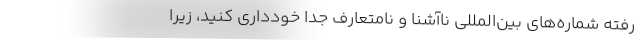
رفته شماره‌های بین‌المللی ناآشنا و نامتعارف جدا خودداری کنید، زیرا